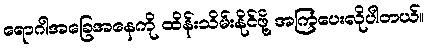
ရောဂါအခြေအနေကို ထိန်းသိမ်းနိုင်ဖို့ အကြံပေးလိုပါတယ်။